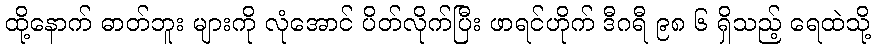
ထို့နောက် ဓာတ်ဘူး များကို လုံအောင် ပိတ်လိုက်ပြီး ဖာရင်ဟိုက် ဒီဂရီ ၉၈ ၆ ရှိသည့် ရေထဲသို့